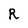
Character: R